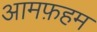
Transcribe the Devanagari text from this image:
आमफ़हम